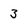
Character: 3